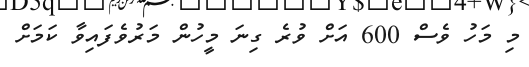
މި މަހު ވެސް 600 އަށް ވުރެ ގިނަ މީހުން މަރުވެފައިވާ ކަމަށް